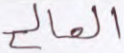
الصالح